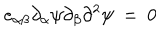
e _ { \alpha \beta } \partial _ { \alpha } \psi \partial _ { \beta } \partial ^ { 2 } \psi ~ = ~ 0